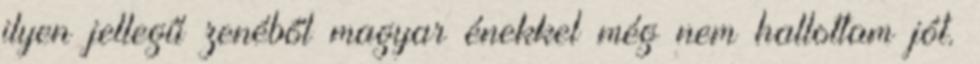
ilyen jellegű zenéből magyar énekkel még nem hallottam jót.